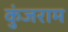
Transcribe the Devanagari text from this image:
कुंजराम